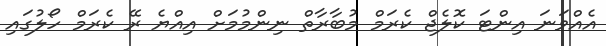
އެއްވަނަ އިންޓަ ކޮލެޖް ކެރަމް މުބާރާތް ނިންމުމަށް އިއްޔެ ރޭ ކެރަމް ހޯލުގައި